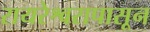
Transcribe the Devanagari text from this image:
रायरेश्वरापासून